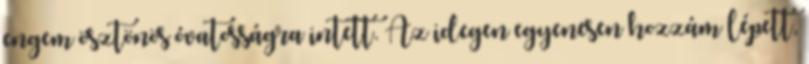
engem ösztönös óvatosságra intett. Az idegen egyenesen hozzám lépett,